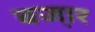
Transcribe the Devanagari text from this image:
बजा़र